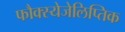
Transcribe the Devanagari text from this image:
फौक्स्येजेलिप्तिक